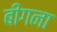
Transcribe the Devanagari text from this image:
बीगना